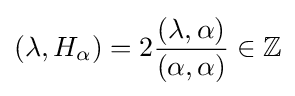
(\lambda ,H_{\alpha })=2{\frac {(\lambda ,\alpha )}{(\alpha ,\alpha )}}\in \mathbb {Z}